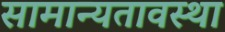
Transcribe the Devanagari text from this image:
सामान्यतावस्था